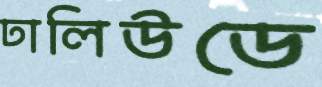
ঢালিউডে